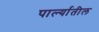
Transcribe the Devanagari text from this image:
पार्ल्यातील